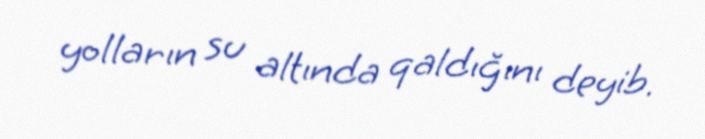
yolların su altında qaldığını deyib.